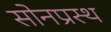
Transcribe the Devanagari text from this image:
सोनप्रस्थ